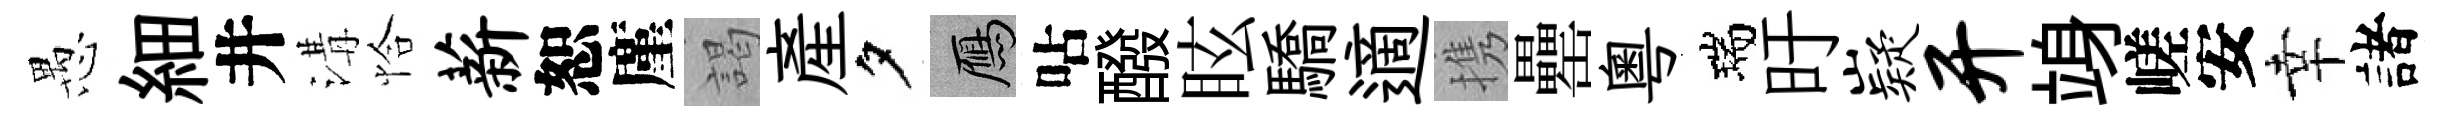
愚細井溝恰薪恕廑謁産夕鴈呫醱眩驕適携罍粤瑞旴嶷开竧嵯安幸諸